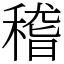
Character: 稽